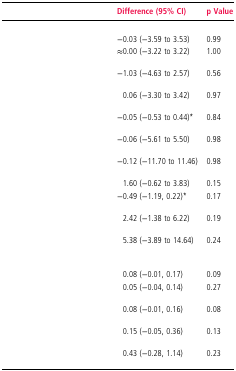
<table><thead><tr><td>[EMPTY_CELL]</td><td><b>Difference (95% CI)</b></td><td><b>p Value</b></td></tr></thead><tbody><tr><td colspan="3">[EMPTY_CELL]</td></tr><tr><td>[EMPTY_CELL]</td><td>−0.03 (−3.59 to 3.53)</td><td>0.99</td></tr><tr><td>[EMPTY_CELL]</td><td>≈0.00 (−3.22 to 3.22)</td><td>1.00</td></tr><tr><td>[EMPTY_CELL]</td><td>−1.03 (−4.63 to 2.57)</td><td>0.56</td></tr><tr><td>[EMPTY_CELL]</td><td> 0.06 (−3.30 to 3.42)</td><td>0.97</td></tr><tr><td>[EMPTY_CELL]</td><td>−0.05 (−0.53 to 0.44)*</td><td>0.84</td></tr><tr><td>[EMPTY_CELL]</td><td>−0.06 (−5.61 to 5.50)</td><td>0.98</td></tr><tr><td>[EMPTY_CELL]</td><td>−0.12 (−11.70 to 11.46)</td><td>0.98</td></tr><tr><td>[EMPTY_CELL]</td><td>1.60 (−0.62 to 3.83)</td><td>0.15</td></tr><tr><td>[EMPTY_CELL]</td><td>−0.49 (−1.19, 0.22)*</td><td>0.17</td></tr><tr><td>[EMPTY_CELL]</td><td>2.42 (−1.38 to 6.22)</td><td>0.19</td></tr><tr><td>[EMPTY_CELL]</td><td>5.38 (−3.89 to 14.64)</td><td>0.24</td></tr><tr><td colspan="3">[EMPTY_CELL]</td></tr><tr><td>[EMPTY_CELL]</td><td>0.08 (−0.01, 0.17)</td><td>0.09</td></tr><tr><td>[EMPTY_CELL]</td><td>0.05 (−0.04, 0.14)</td><td>0.27</td></tr><tr><td>[EMPTY_CELL]</td><td>0.08 (−0.01, 0.16)</td><td>0.08</td></tr><tr><td>[EMPTY_CELL]</td><td>0.15 (−0.05, 0.36)</td><td>0.13</td></tr><tr><td>[EMPTY_CELL]</td><td>0.43 (−0.28, 1.14)</td><td>0.23</td></tr></tbody></table>